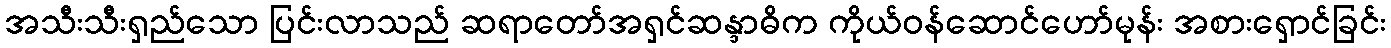
အသီးသီးရှည်သော ပြင်းလာသည် ဆရာတော်အရှင်ဆန္ဒာဓိက ကိုယ်ဝန်ဆောင်ဟော်မုန်း အစားရှောင်ခြင်း